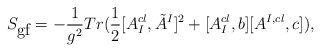
\begin{align*}S_{\mbox{gf}} = -\frac{1}{g^2} Tr(\frac{1}{2}[A_I^{cl}, \tilde{A}^I]^2 +[A_I^{cl},b][A^{I,cl},c]),\end{align*}